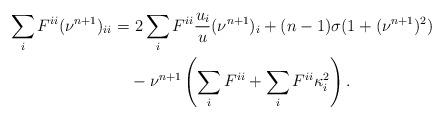
LaTeX: \begin{align*}\sum_i F^{ii}(\nu^{n+1})_{ii} =&\ 2\sum_i F^{ii}\frac{u_i}{u} (\nu^{n+1})_i+(n-1)\sigma (1+(\nu^{n+1})^2)\\&-\nu^{n+1}\left(\sum_i F^{ii}+\sum_i F^{ii}\kappa_i^2\right).\end{align*}